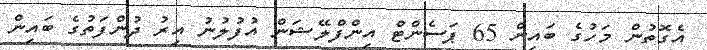
އެގޮތުން މަހުގެ ބައިން 65 ޕަސެންޓް އިންފްލޭޝަން އުފުލުނު އިރު ދުންފަތުގެ ބައިން